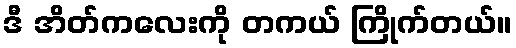
ဒီ အိတ်ကလေးကို တကယ် ကြိုက်တယ်။